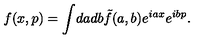
f ( x , p ) = \int \! d a d b \tilde { f } ( a , b ) e ^ { i a x } e ^ { i b p } .